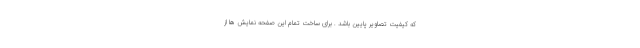
که کیفیت تصاویر پایین باشد . برای ساخت تمام این صفحه نمایش ها از